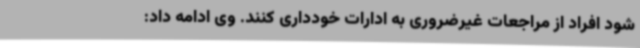
شود افراد از مراجعات غیرضروری به ادارات خودداری کنند. وی ادامه داد: